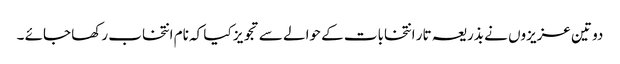
دو تین عزیزوں نے بذریعہ تار انتخابات کے حوالے سے تجویز کیا کہ نام انتخاب رکھا جائے ۔